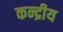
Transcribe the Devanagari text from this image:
कन्द्रीय